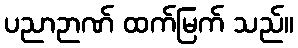
ပညာဉာဏ် ထက်မြက် သည်။